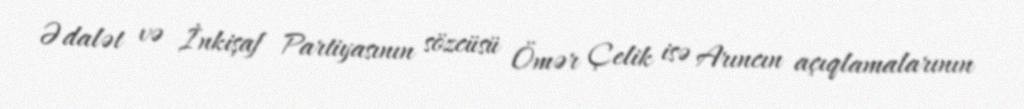
Ədalət və İnkişaf Partiyasının sözcüsü Ömər Çelik isə Arıncın açıqlamalarının